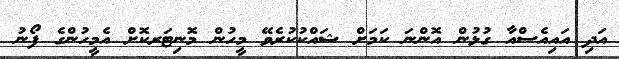
އަދި އައިއެސްއާ ގުޅުން އޮންނަ ކަމަށް ޝައްކުކުރެވޭ މީހުން މޮނިޓަރކޮށް އެމީހުންގެ ފޯނު